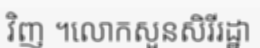
វិញ ។លោកសួនសិរីរដ្ឋា